Reports on military cantonments and civil stations in the Presidency of Bombay inspected by the Sanitary Commissioner in the years 1875 and 1876
Year: 1875
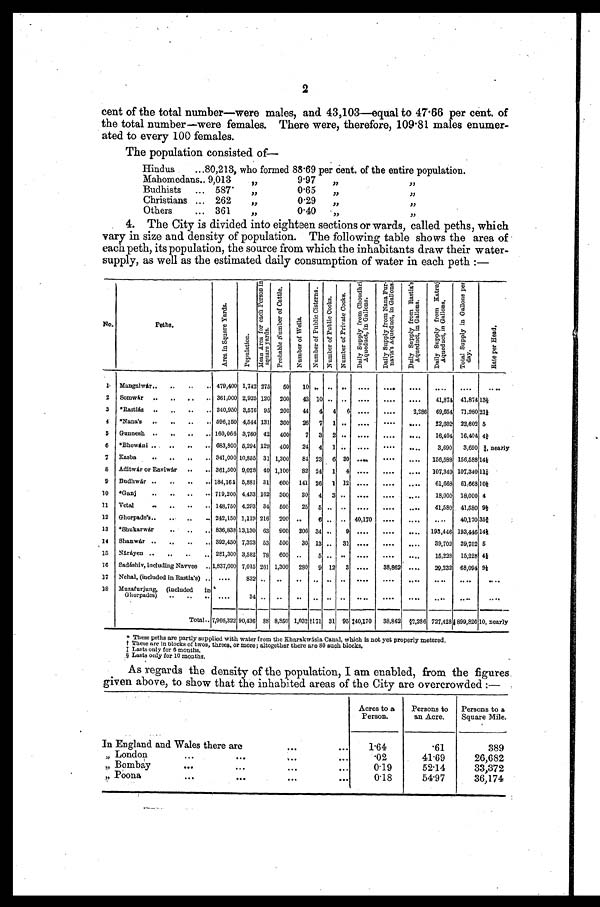
2
cent of the total number—were males, and 43,103—equal to 47.66 per cent. of
the total number—were females. There were, therefore, 109.81 males enumer
-
ated to every 100 females.
The population consisted of
—
H i n d u s . . . 80,213, who formed 88.69 per cent. of the entire population.
Mahomedans . . . 9,013
"
9.97
"
"
Budhists . . . 587
"
0.65
"
"
Christians . . . 262
"
0.29
"
"
Others . . . 361
"
0.40
"
"
4. The City is divided into eighteen sections or wards, called peths, which
vary in size and density of population. The following table shows the area of
each peth, its population, the source from which the inhabitants draw their water
-
supply, as well as the estimated daily consumption of water in each peth :—
No.
P e t h s . .
A r e a i n S q u a r e Y a r d s .
P o p u l a t i o n .
M e a n A r e a f o r e a c h P e r s o n i n
s q u a r e y a r d s . P r o b a b l e N u m b e r o f C a t t l e .
N u m b e r o f W e l l s .
N u m b e r o f P u b l i c C i s t e r n s .
N u m b e r o f P u b l i c C o c k s .
N u m b e r o f P r i v a t e C o c k s . D a i l y S u p p l y f r o m C h o u d h r i
A q u e d u c t , i n G a l l o n s .
D a i l y S u p p l y f r o m N a n a F u r -
n a v i s ' s A q u e d u c t , i n G a l l o n s . D a i l y S u p p l y f r o m R a s t i a ' s
A q u e d u c t , i n G a l l o n s .
D a i l y S u p p l y f r o m K a t r u j
A q u e d u c t , i n G a l l o n s .
T o t a l S u p p l y i n G a l l o n s p e r
d a y .
R a t e p e r H e a d .
1.
Mangalwár . . . 479,400 1,742 275
50
10 . . .
. . .
. . .
. . .
. . .
. . .
. . .
. . .
. . .
2
Somwár . . . 361,000 2,925 120
200
43 10 . . .
. . .
. . .
. . .
. . .
41,874 41,874 13½
3
*Rastiás . . . 340,950 3,576 95
200
44
4
4
6 . . .
. . .
2,286
69,654 71,980 21¼
4
*Nana's . . . 596,150 4,544 131
300
26
7
1
. . .
. . .
. . .
. . .
22,602 22,602 5
5
Gunnesh . . . 160,066 3,760 42
400
7
3
2
. . .
. . .
. . .
. . .
16,404 16,404 4¼<i l l e gi bl e >
6
*Bhowáni . . . 683,800 5,294 129
400
24
4
1
. . .
. . .
. . .
. . .
3,690
3,690 ¾, nearly
7
Kasba . . . 341,000 10,855 31 1,300
84 23
6 30 . . .
. . .
. . .
156,588 156,588 14¼<i l l egi bl e>
8
Aditwár or Raviwár . . . 361,500 9,028 40 1,100
82 24
1
4 . . .
. . .
. . .
107,340 107,340 11½
9
Budhwár . . . 184,165 5,881 31
600
141 26
1 12 . . .
. . .
. . .
61,668 61,668 10½
10
*Ganj . . . 719,200 4,433 162
300
30
4
3
. . .
. . .
. . .
. . .
18,000 18,000 4
11
Vetal . . . 148,750 4,293 34
500
25
5 . . .
. . .
. . .
. . .
. . .
41,580 41,580 9½
12
Ghorpade's . . . 242,150 1,119 216
200
. . .
6 . . .
. . . 40,170
. . .
. . .
. . .
40,170 35¾<illegible>
13
*Shukarwár . . . 836,838 13,130 63
900
206 34 . . .
9 . . .
. . .
. . .
193,446 193,446 14½<i l l egi bl e>
14
Shanwár . . . 392,450 7,323 53
500
30 13 . . .
31
. . .
. . .
. . .
39,702
39,702 5
15
Náráyen . . . 281,300 3,582 78
600
. . .
5 . . .
. . .
. . .
. . .
. . .
15,228
15,228 4¼
16
Sadáshiv, including Navvee . . . 1,837,600 7,015 261 1,300
280
9 12
3
. . .
38,862 . . .
29,232 68,094 9½
17
Nehal, (included in Rastia's) . . .
. . .
832
. . .
. . .
. . .
. . . . . .
. . .
. . .
. . .
. . .
. . .
. . .
. . .
18
Muzafurjung,
(included
in
Ghor
pades) . . .
. . .
34
. . .
. . .
. . .
. . .
. . . . . . . . .
. . .
. . .
. . .
. . .
. . .
Total . . . 7,966,322 90,436 88 8,850 1,032 †171 31 95 ‡40,170
38,862
§2, 286 727,428 899,826 10, nearly
* These peths are partly supplied with water from the Kharakwásla Canal, which is not yet properly metered.
† These are in blocks of twos, threes, or more; altogether there are 80 such blocks.
‡La s t s o n l y f o r 6 mo n t h s .
§ Las t s onl y f or 10 mont hs .
As regards the density of the population, I am enabled, from the figures
given above, to show that the inhabited areas of the City are overcrowded :—
Acres to a
Person.
Persons to
an Acre.
Persons to a
Square Mile.
I n E n g l a n d a n d W a l e s t h e r e a r e . . .
1.64
.61
389
" London . . .
.02
41.69
26,682
" Bombay . . .
0.19
52.14
33,372
"
Poona
.
.
.
0.18
54.97
36,174